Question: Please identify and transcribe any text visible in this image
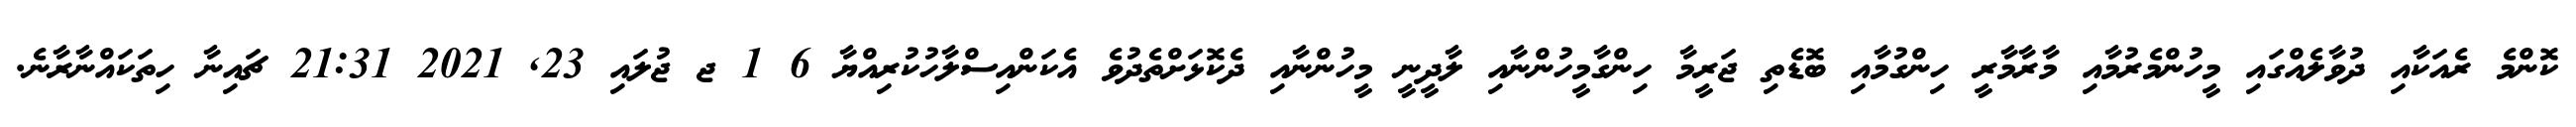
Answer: ކޮންމެ ރެއަކާއި ދުވާލެއްގައި މީހުންމެރުމާއި މާރާމާރީ ހިންގުމާއި ބޮޑެތި ޖަރީމާ ހިންގާމީހުންނާއި ލާދީނީ މީހުންނާއި ދެކޮޅަށްތެދުވެ އެކަންއިސްލާހުކުރިއްޔާ 6 1 ޖ ޖުލައި 23, 2021 21:31 ޗައިނާ ހިތަކައްނާރާނެ.